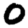
Digit: 0